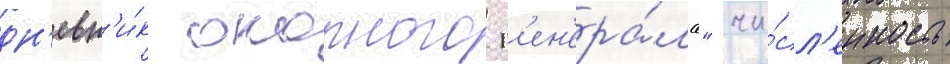
дн'евн'и́к окопного г'ен'ера́ла" чи́сл'енность